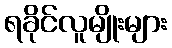
ရခိုင်လူမျိုးများ